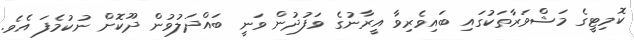
ކޮމިޓީގެ މަޝްވަރާތަކުގައި ބައިވެރިވާ އީރާނުގެ ވަފުދުން ވަނީ ބައްދަލުވުން ދޫކޮށް ނުކުމެފަ އެވެ.